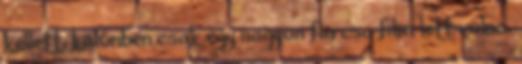
kellett, különben csak egy nagyon furcsa film lett volna.